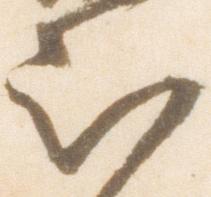
被